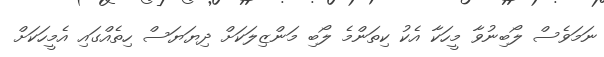
ނަމަވެސް ލޯބިނުވާ މީހަކާ އެކު ކިތަންމެ ލޯބި މަންޒިލަކަށް ދިޔަޔަސް ހިތެއްގައި އެމީހަކަށް